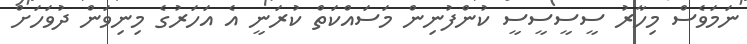
ނަމަވެސް މިހާރު ސީސީސީސީ ކުންފުނިން މަސައްކަތް ކުރަނީ އެ އަހަރުގެ މިނިވަން ދުވަހަށް